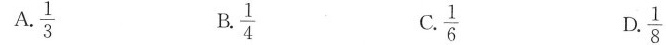
A.\frac{1}{3} B. \frac{1}{4} C. \frac{1}{6} D\frac{1}{8}